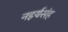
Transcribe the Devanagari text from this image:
नइर्यसंह